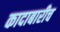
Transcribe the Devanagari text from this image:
कादाबारीच